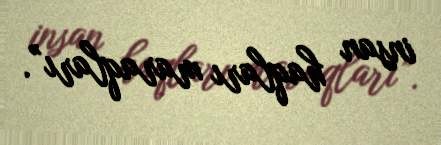
insan haqları maraqları”.